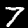
Label: 7